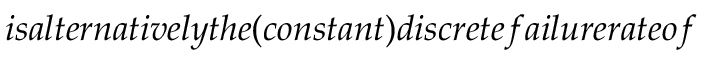
i s a l t e r n a t i v e l y t h e ( c o n s t a n t ) d i s c r e t e f a i l u r e r a t e o f